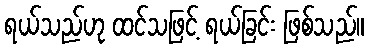
ရယ်သည်ဟု ထင်သဖြင့် ရယ်ခြင်း ဖြစ်သည်။